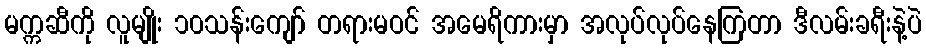
မက္ကဆီကို လူမျိုး ၁၀သန်းကျော် တရားမဝင် အမေရိကားမှာ အလုပ်လုပ်နေကြတာ ဒီလမ်းခရီးနဲ့ပဲ